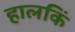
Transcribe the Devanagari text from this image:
हालकिं